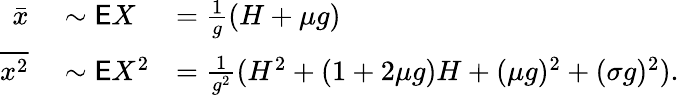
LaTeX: \begin{array}{rlrl}{\bar{x}}&{{}\sim\mathsf EX}&{}&{{}\! \! \! \! \! \! \! \! =\frac{1}{g}(H+\mu g)}\\ {\overline{{x^{2}}}}&{{}\sim\mathsf EX^{2}}&{}&{{}\! \! \! \! \! \! \! \! =\frac{1}{g^{2}}(H^{2}+(1+2\mu g)H+(\mu g)^{2}+(\sigma g)^{2}).}\end{array}